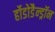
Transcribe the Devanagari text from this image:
र्होडोडैन्ड्रॉन